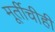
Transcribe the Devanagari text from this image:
मूर्तीचीही